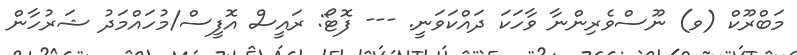
މަބްރޫކް (ވ) ނޫސްވެރިންނާ ވާހަކަ ދައްކަވަނީ. --- ފޮޓޯ: ރައީސް އޮފީސް/މުހައްމަދު ޝަރުހާން